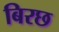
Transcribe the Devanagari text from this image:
बिरछ